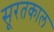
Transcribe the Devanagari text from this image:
सूरतकाल